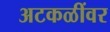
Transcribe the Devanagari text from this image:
अटकळींवर